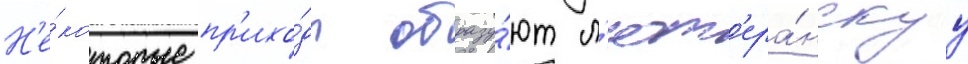
Н'е́которые пр'ихо́ды образу́ют л'ют'ера́нскуу